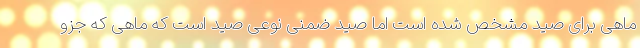
ماهی برای صید مشخص شده است اما صید ضمنی نوعی صید است که ماهی که جزو